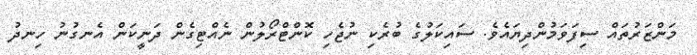
މަންޒަރުތައް ސިފަވަމުންދިޔައެވެ. ސައިކަލުގެ ބުރެކި ނުޖެހި ކޮންޓްރޯލުން ނެއްޓިގެން ދަނީކަން އެނގުނު ހިނދު